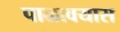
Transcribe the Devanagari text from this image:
पाळावयास